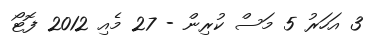
3 އަހަރު 5 މަސް ކުރިން - 27 މެއި 2012 ފޮޓޯ